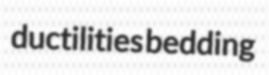
ductilities bedding